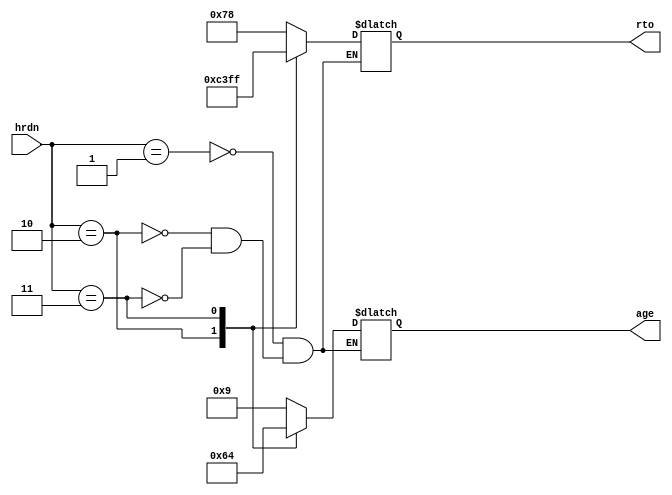
// Hardness control
//
// by nyLiao, April, 2019

module wam_par (            // decide hardness parameters 
// we modified difficulty parameter
    input wire [1:0] hrdn,
    output reg [3:0] age,
    output reg [7:0] rto
    );

// More age means more chance of appearing on the same spot (easier)
// More rto means more number to pop up and more chance of reset before reaching age

    always @ ( * ) begin
        case (hrdn)
            'h1: begin
                age <= 4'd09;
                rto <= 120;
            end
            'h2: begin
                age <= 4'd06;
                rto <= 195;
            end
            'h3: begin   
                age <= 4'd04;
                rto <= 255;
            end
        endcase
    end
endmodule // wam_par


module wam_tch (            // input button
    input wire clk_19,
    input wire btn,
    output reg tch              // active high
   );

    reg  btn_pre;               // button last status
    wire btn_edg;               // posedge trigger
    reg  [3:0] btn_cnt;         // counter

    always @(posedge clk_19)    // posedge detection
        btn_pre <= btn;
    assign btn_edg = (~btn_pre) & (btn);

    always @ (posedge clk_19) begin
        if (btn_cnt > 0) begin                  // filtering
            if (btn_cnt > 4'b0100) begin        // stable
                btn_cnt <= 4'b0000;
                tch <= 1;                       // output status
            end
            else begin
                if (btn_edg) begin              // if button then back to idle
                    btn_cnt <= 0;
               end
                else begin                      // count
                    btn_cnt <= btn_cnt + 1;
                end
            end
        end
        else begin                              // idle
            tch <= 0;
            if (btn_edg) begin                  // if button pressed then start filtering
                btn_cnt <= 4'b0001;
            end
        end
    end
 endmodule // wam_tch

 module wam_hrd (            // hardness control
    input wire clk_19,
    input wire start,
    input wire lft,
    input wire rgt,black,
    input wire cout0,
    output reg [1:0] hrdn          // hardness of 0~9 or H (hard) modify to easy medium hard
    );

    wire lfts;      // stable left button
    wire rgts;      // stable right button
    wire cout0s;    // shorter carry signal

    wire harder;
   wire easier;

    wam_tch tchl( .clk_19(clk_19), .btn(lft), .tch(lfts));
    wam_tch tchr( .clk_19(clk_19), .btn(rgt), .tch(rgts));
    wam_tch tchc( .clk_19(clk_19), .btn(cout0), .tch(cout0s));
    assign easier = lfts;
    assign harder = rgts | cout0s;

    always @ (posedge clk_19) begin
        if (start)
            hrdn <= 1;
        else if (easier) begin          // lft: easier
            if (hrdn > 1) begin
                hrdn <= hrdn - 1'd1;
            end
        end
        else if (harder) begin          // rgt or cout0: harder
            if (hrdn < 3) begin
                hrdn <= hrdn + 1'd1;
            end
        end
    end
endmodule // wam_hrd